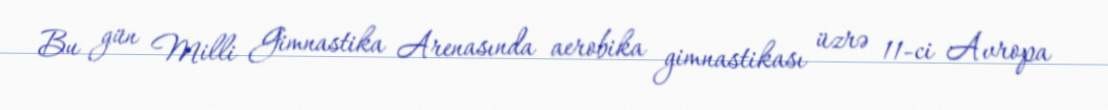
Bu gün Milli Gimnastika Arenasında aerobika gimnastikası üzrə 11-ci Avropa